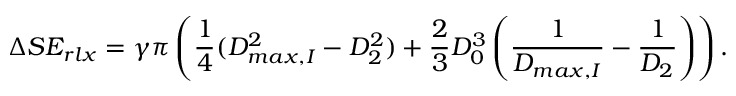
\Delta S E _ { r l x } = \gamma \pi \left( \frac 1 4 ( D _ { m a x , I } ^ { 2 } - D _ { 2 } ^ { 2 } ) + \frac 2 3 D _ { 0 } ^ { 3 } \left( \frac { 1 } { D _ { m a x , I } } - \frac { 1 } { D _ { 2 } } \right) \right) .